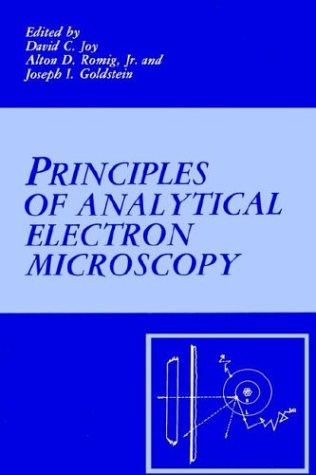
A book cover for Principles of Analytical Electron Microscopy; Science & Math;